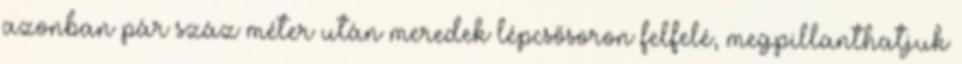
azonban pár száz méter után meredek lépcsősoron felfelé, megpillanthatjuk